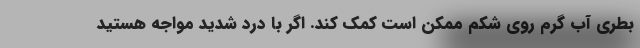
بطری آب گرم روی شکم ممکن است کمک کند. اگر با درد شدید مواجه هستید